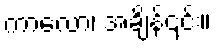
ကာလော၊ အချိန်၎င်း။